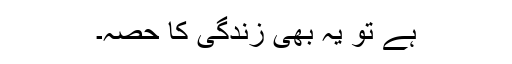
ہے تو یہ بھی زندگی کا حصہ۔